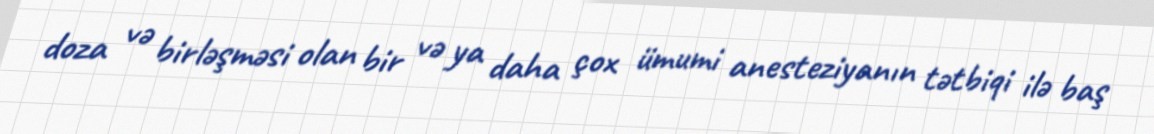
doza və birləşməsi olan bir və ya daha çox ümumi anesteziyanın tətbiqi ilə baş